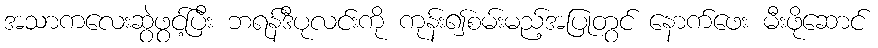
အသာကလေးဆွဲဖွင့်ပြီး ဘရန်ဒီပုလင်းကို ကုန်း၍စမ်းမည့်အပြုတွင် နောက်ဖေး မီးဖိုဆောင်